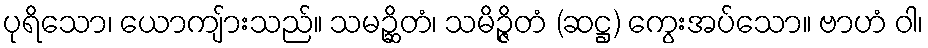
ပုရိသော၊ ယောကျ်ားသည်။ သမဉ္ဆိတံ၊ သမိဉ္ဇိတံ (ဆဋ္ဌ) ကွေးအပ်သော။ ဗာဟံ ဝါ၊